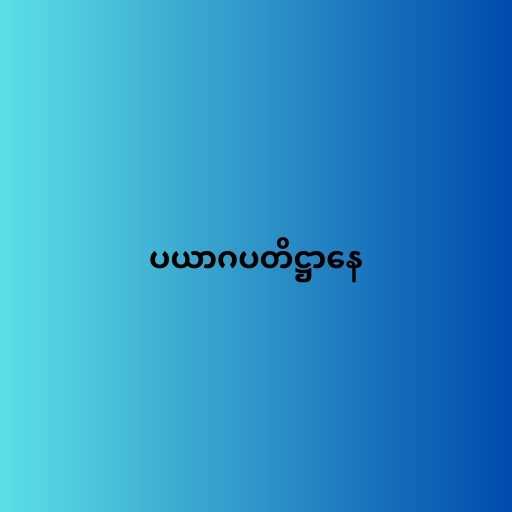
ပယာဂပတိဋ္ဌာနေ